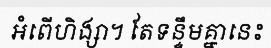
អំពើហិង្សា។ តែទន្ទឹមគ្នានេះ